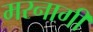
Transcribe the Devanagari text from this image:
मरनागी